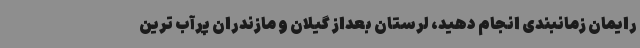
رایمان زمانبندی انجام دهید، لرستان بعداز گیلان و مازندران پرآب ترین